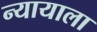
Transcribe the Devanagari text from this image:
न्यायाला